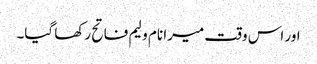
اور اس وقت میرا نام ولیم فاتح رکھا گیا۔